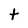
Character: t